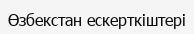
Өзбекстан ескерткіштері